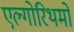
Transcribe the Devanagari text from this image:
एल्गोरिथमों